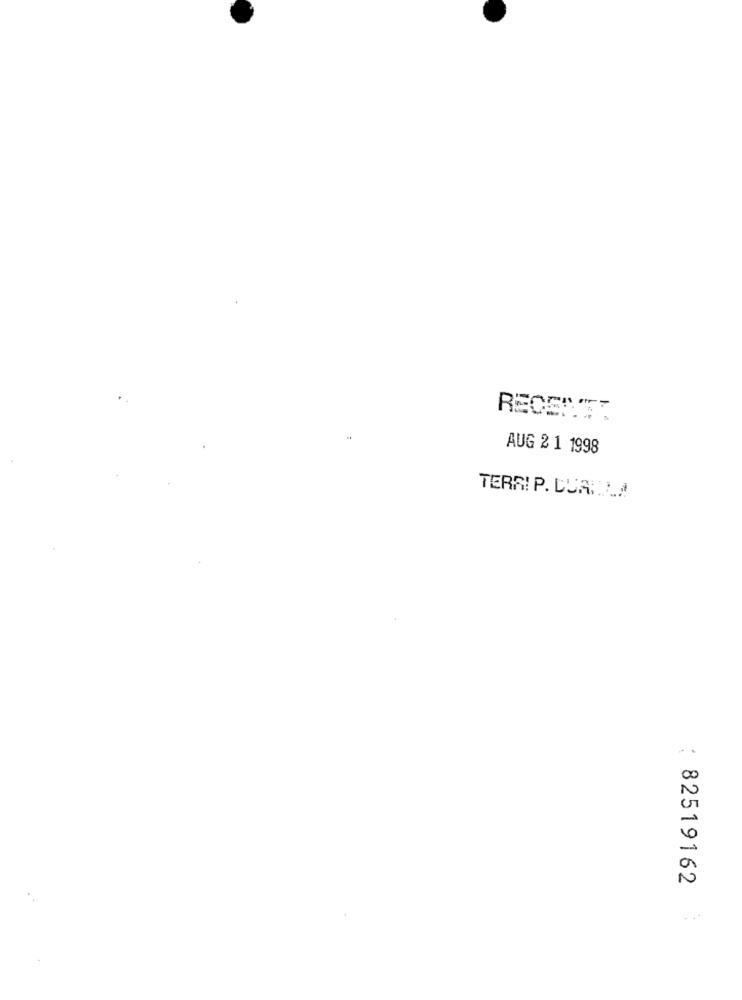
AUG 2 1 1998
TERRI P. DUAN./
00
N
: 82519162